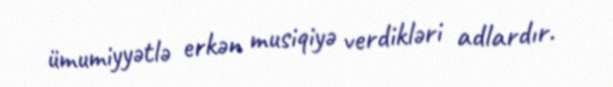
ümumiyyətlə erkən musiqiyə verdikləri adlardır.